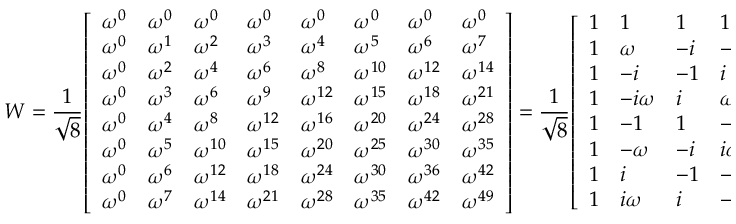
W = { \frac { 1 } { \sqrt { 8 } } } { \left[ \begin{array} { l l l l l l l l } { \omega ^ { 0 } } & { \omega ^ { 0 } } & { \omega ^ { 0 } } & { \omega ^ { 0 } } & { \omega ^ { 0 } } & { \omega ^ { 0 } } & { \omega ^ { 0 } } & { \omega ^ { 0 } } \\ { \omega ^ { 0 } } & { \omega ^ { 1 } } & { \omega ^ { 2 } } & { \omega ^ { 3 } } & { \omega ^ { 4 } } & { \omega ^ { 5 } } & { \omega ^ { 6 } } & { \omega ^ { 7 } } \\ { \omega ^ { 0 } } & { \omega ^ { 2 } } & { \omega ^ { 4 } } & { \omega ^ { 6 } } & { \omega ^ { 8 } } & { \omega ^ { 1 0 } } & { \omega ^ { 1 2 } } & { \omega ^ { 1 4 } } \\ { \omega ^ { 0 } } & { \omega ^ { 3 } } & { \omega ^ { 6 } } & { \omega ^ { 9 } } & { \omega ^ { 1 2 } } & { \omega ^ { 1 5 } } & { \omega ^ { 1 8 } } & { \omega ^ { 2 1 } } \\ { \omega ^ { 0 } } & { \omega ^ { 4 } } & { \omega ^ { 8 } } & { \omega ^ { 1 2 } } & { \omega ^ { 1 6 } } & { \omega ^ { 2 0 } } & { \omega ^ { 2 4 } } & { \omega ^ { 2 8 } } \\ { \omega ^ { 0 } } & { \omega ^ { 5 } } & { \omega ^ { 1 0 } } & { \omega ^ { 1 5 } } & { \omega ^ { 2 0 } } & { \omega ^ { 2 5 } } & { \omega ^ { 3 0 } } & { \omega ^ { 3 5 } } \\ { \omega ^ { 0 } } & { \omega ^ { 6 } } & { \omega ^ { 1 2 } } & { \omega ^ { 1 8 } } & { \omega ^ { 2 4 } } & { \omega ^ { 3 0 } } & { \omega ^ { 3 6 } } & { \omega ^ { 4 2 } } \\ { \omega ^ { 0 } } & { \omega ^ { 7 } } & { \omega ^ { 1 4 } } & { \omega ^ { 2 1 } } & { \omega ^ { 2 8 } } & { \omega ^ { 3 5 } } & { \omega ^ { 4 2 } } & { \omega ^ { 4 9 } } \end{array} \right] } = { \frac { 1 } { \sqrt { 8 } } } { \left[ \begin{array} { l l l l l l l l } { 1 } & { 1 } & { 1 } & { 1 } & { 1 } & { 1 } & { 1 } & { 1 } \\ { 1 } & { \omega } & { - i } & { - i \omega } & { - 1 } & { - \omega } & { i } & { i \omega } \\ { 1 } & { - i } & { - 1 } & { i } & { 1 } & { - i } & { - 1 } & { i } \\ { 1 } & { - i \omega } & { i } & { \omega } & { - 1 } & { i \omega } & { - i } & { - \omega } \\ { 1 } & { - 1 } & { 1 } & { - 1 } & { 1 } & { - 1 } & { 1 } & { - 1 } \\ { 1 } & { - \omega } & { - i } & { i \omega } & { - 1 } & { \omega } & { i } & { - i \omega } \\ { 1 } & { i } & { - 1 } & { - i } & { 1 } & { i } & { - 1 } & { - i } \\ { 1 } & { i \omega } & { i } & { - \omega } & { - 1 } & { - i \omega } & { - i } & { \omega } \end{array} \right] }